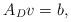
LaTeX: \begin{align*}A_D v= b,\end{align*}